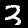
Label: 3